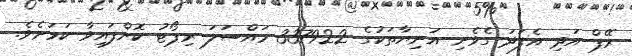
ރޭޕް އަދި އެފަދަ ގެވެށި އަނިޔާތަކުގެ 337922 މައްސަލަ ރިޕޯޓު ކޮށްފައިވާ ކަމަށެވެ.